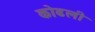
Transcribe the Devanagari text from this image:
कोढली